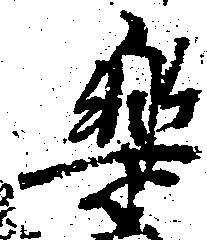
楽